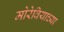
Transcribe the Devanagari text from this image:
मोरेवियाच्या